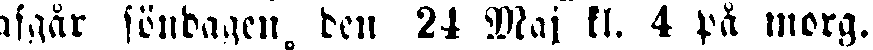
afgår söndagen, den 24 Maj kl. 4 på morg.